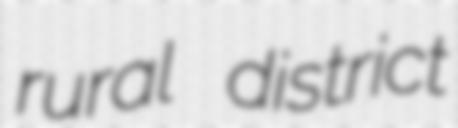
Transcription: rural district